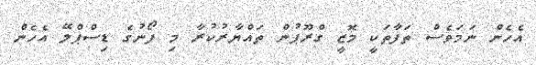
އެހެން ނަމަވެސް ތަފާތަކީ މޮޒީ ގްރޫޕުން ތައްޔާރުކުރާ މި ފޯނުގެ ޑިސްޕްލޭ އެހެން